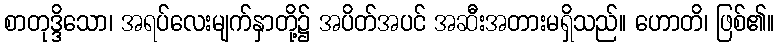
စာတုဒ္ဒိသော၊ အရပ်လေးမျက်နှာတို့၌ အပိတ်အပင် အဆီးအတားမရှိသည်။ ဟောတိ၊ ဖြစ်၏။